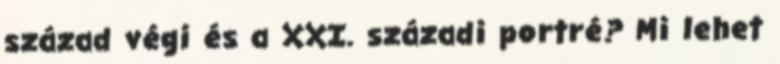
század végi és a XXI. századi portré? Mi lehet